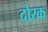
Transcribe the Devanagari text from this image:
दोरक